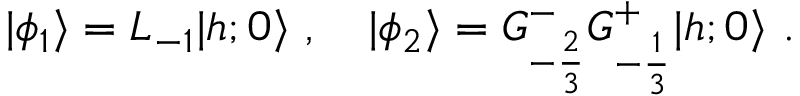
\vert \phi _ { 1 } \rangle = L _ { - 1 } \vert { h ; 0 } \rangle { } ~ , { } ~ { } ~ { } ~ \vert \phi _ { 2 } \rangle = G _ { - { \frac { 2 } { 3 } } } ^ { - } G _ { - { \frac { 1 } { 3 } } } ^ { + } \vert { h ; 0 } \rangle { } ~ .